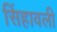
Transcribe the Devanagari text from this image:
सिंहावली